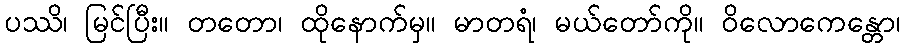
ပဿိ၊ မြင်ပြီး။ တတော၊ ထိုနောက်မှ။ မာတရံ၊ မယ်တော်ကို။ ဝိလောကေန္တော၊